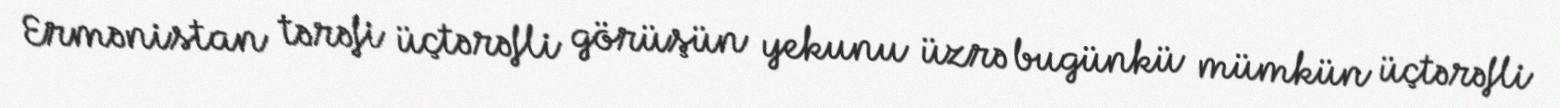
Ermənistan tərəfi üçtərəfli görüşün yekunu üzrə bugünkü mümkün üçtərəfli